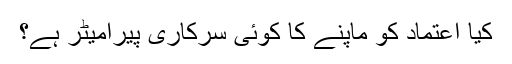
کیا اعتماد کو ماپنے کا کوئی سرکاری پیرامیٹر ہے؟